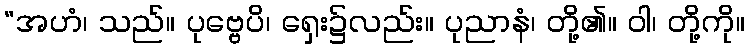
“အဟံ၊ သည်။ ပုဗ္ဗေပိ၊ ရှေး၌လည်း။ ပုညာနံ၊ တို့၏။ ဝါ၊ တို့ကို။